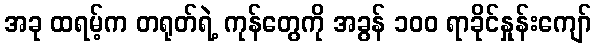
အခု ထရမ့်က တရုတ်ရဲ့ ကုန်တွေကို အခွန် ၁၀၀ ရာခိုင်နှုန်းကျော်